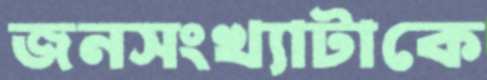
জনসংখ্যাটাকে